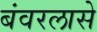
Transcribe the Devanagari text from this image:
बंवरलासे